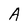
Character: A